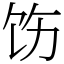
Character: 饬